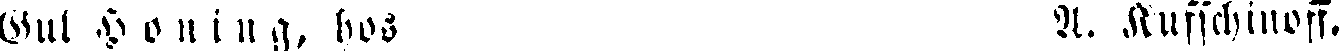
Gul Honing, hos A. Kusschinoff.